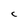
Character: C